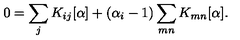
0 = \sum _ { j } K _ { i j } [ \alpha ] + ( \alpha _ { i } - 1 ) \sum _ { m n } K _ { m n } [ \alpha ] .